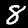
Label: 8